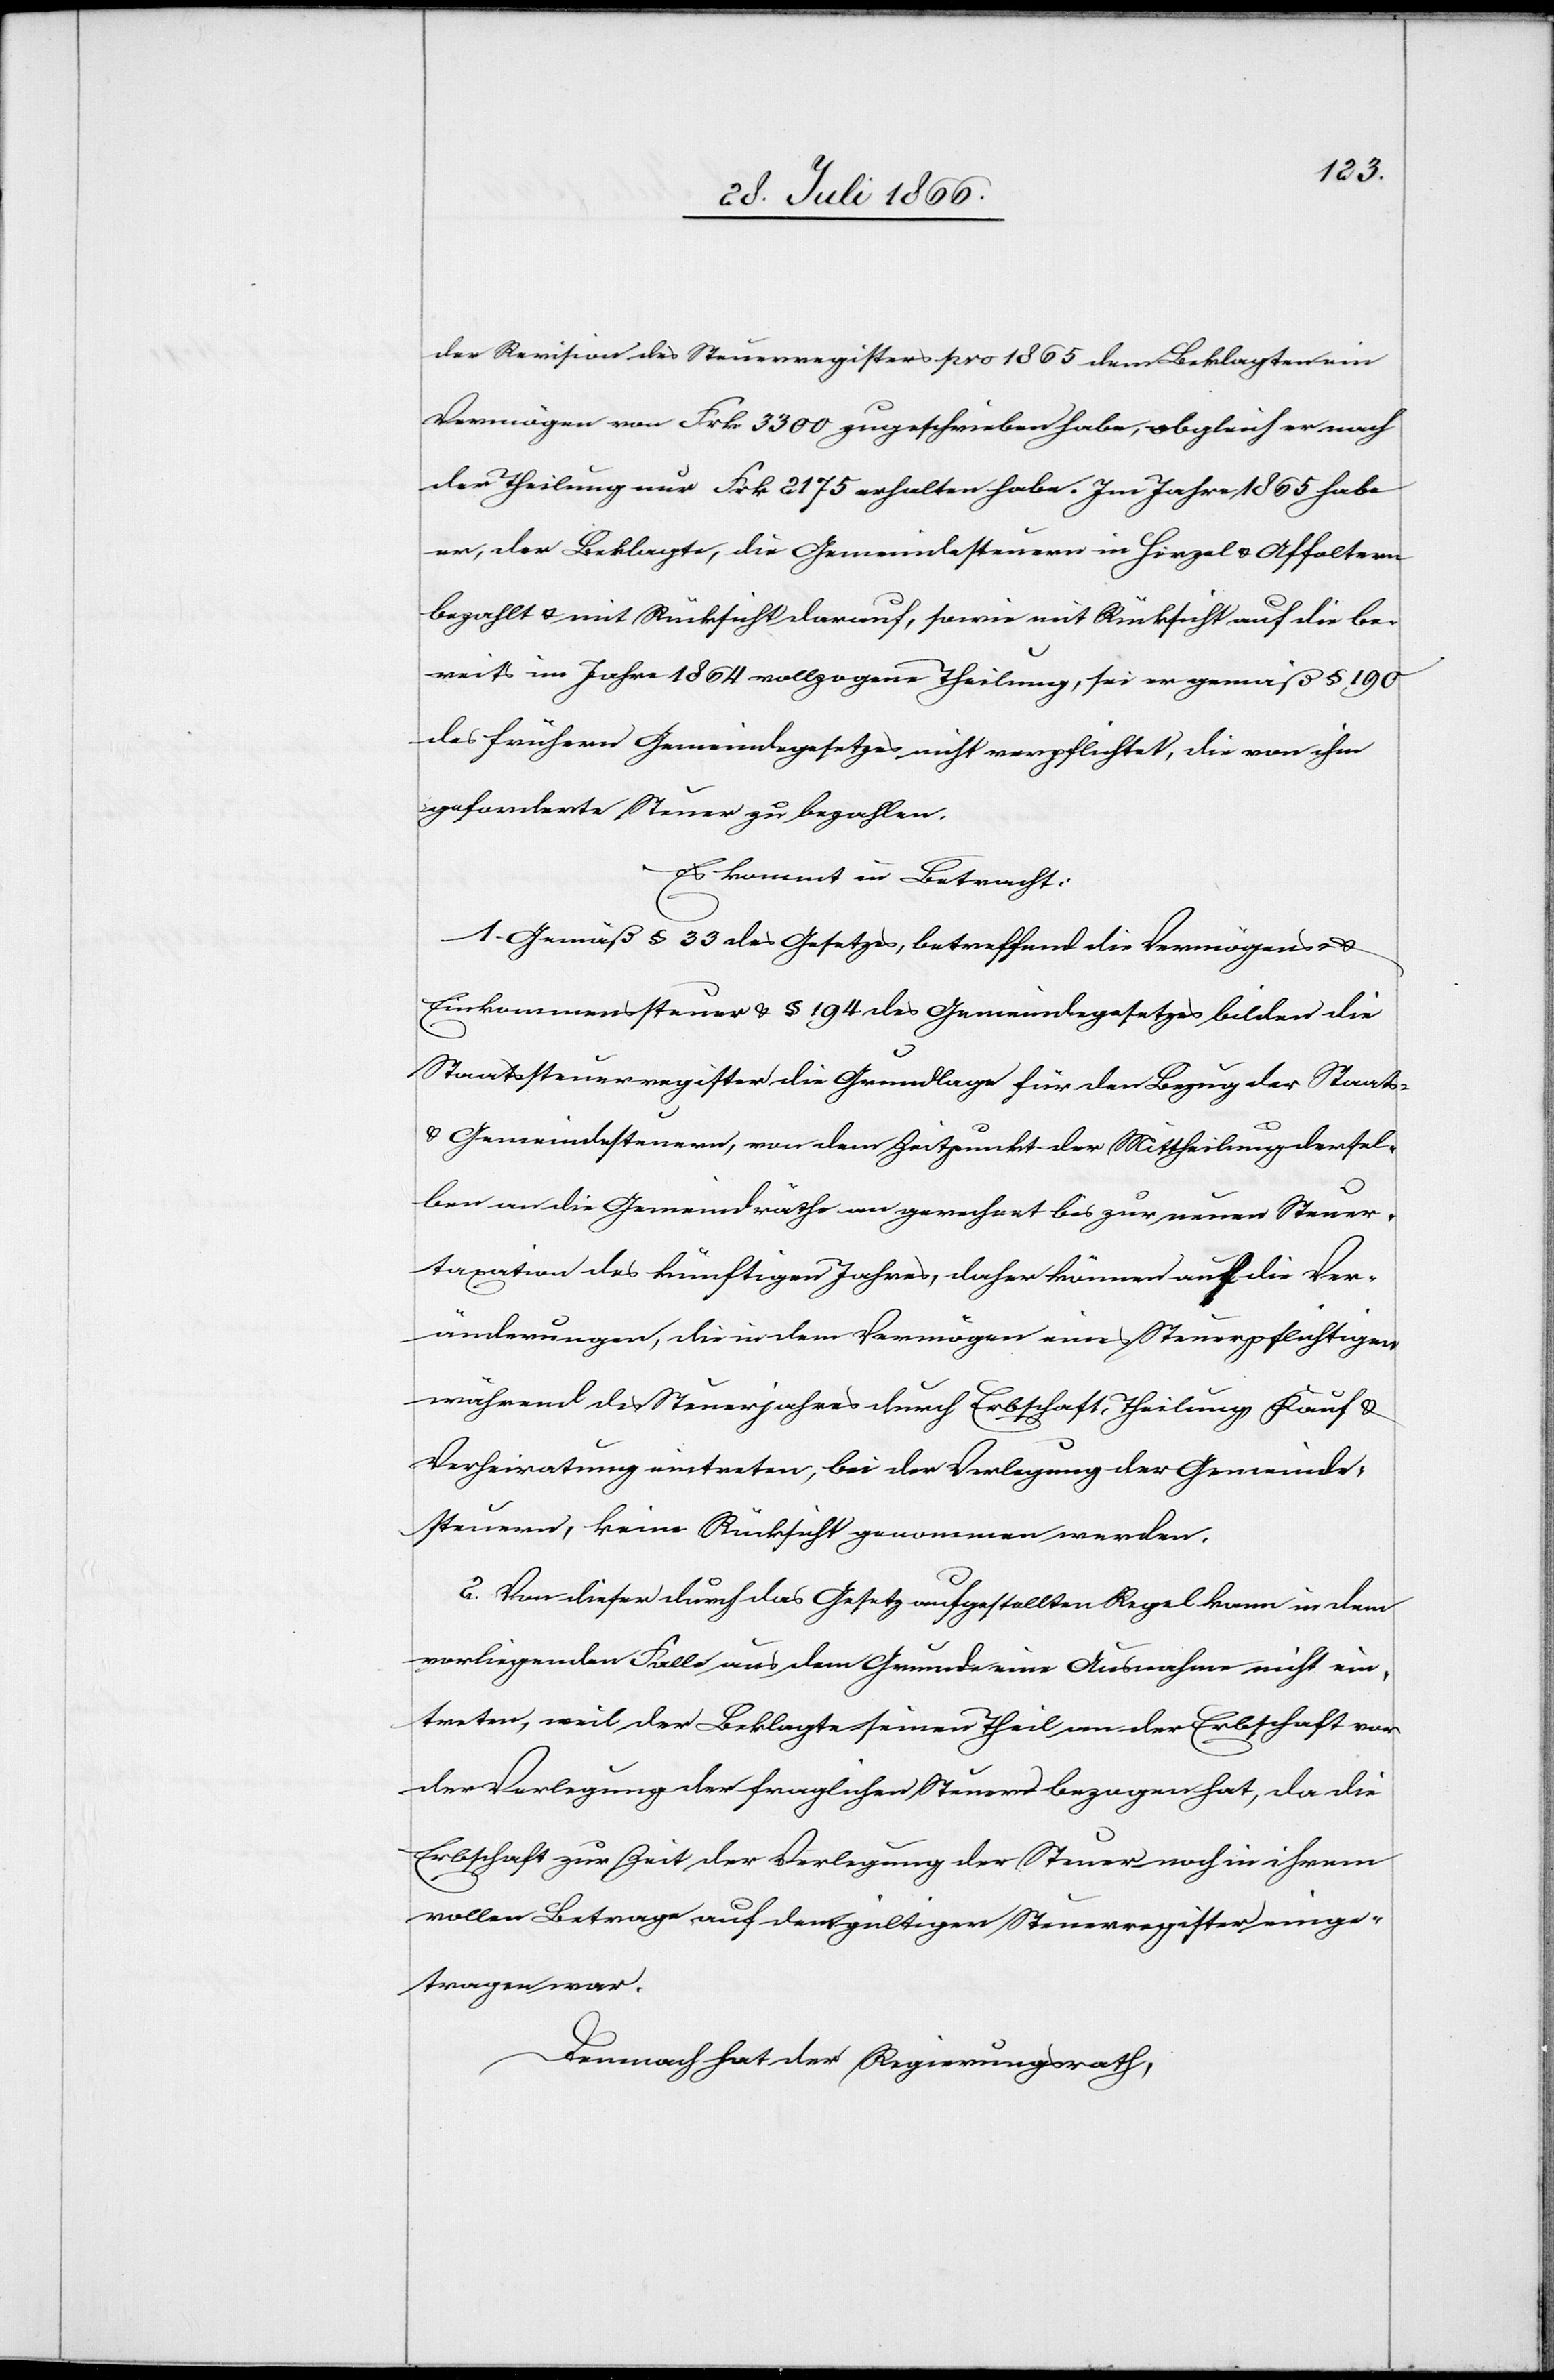
der Revision des Steuerregisters pro 1865 dem Beklagten ein
Vermögen von Frk. 3300 zugeschrieben habe, obgleich er nach
der Theilung nur Frk. 2175 erhalten habe. Im Jahre 1865 habe
er, der Beklagte, die Gemeindesteuer in Hirzel u. Affoltern
bezahlt u. mit Rücksicht darauf, sowie mit Rücksicht auf die be¬
reits im Jahre 1864 vollzogene Theilung, sei er gemäß § 190
des frühern Gemeindegesetzes nicht verpflichtet, die von ihm
geforderte Steuer zu bezahlen.
Es kommt in Betracht:
1. Gemäß § 33 des Gesetzes, betreffend die Vermögens- u.
Einkommenssteuer u. § 194 des Gemeindegesetzes bilden die
Staatssteuerregister die Grundlage für den Bezug der Staats-
u. Gemeindesteuern, von dem Zeitpunkt der Mittheilung dersel¬
ben an die Gemeindräthe an gerechnet bis zur neuen Steuer¬
taxation des künftigen Jahres, daher könne auf die Ver¬
änderungen, die in dem Vermögen eines Steuerpflichtigen
während des Steuerjahres durch Erbschaft, Theilung, Kauf u.
Verheiratung eintreten, bei der Verlegung der Gemeinde¬
steuern, keine Rücksicht genommen werden.
2. Von dieser durch das Gesetz aufgestellten Regel kann in dem
vorliegenden Falle aus dem Grunde eine Ausnahme nicht ein¬
treten, weil der Beklagte seinen Theil an der Erbschaft vor
der Verlegung der fraglichen Steuer bezogen hat, da die
Erbschaft zur Zeit der Verlegung der Steuer noch in ihrem
vollen Betrage auf den gültigen Steuerregistern einge¬
tragen war.
Demnach hat der Regierungsrath,